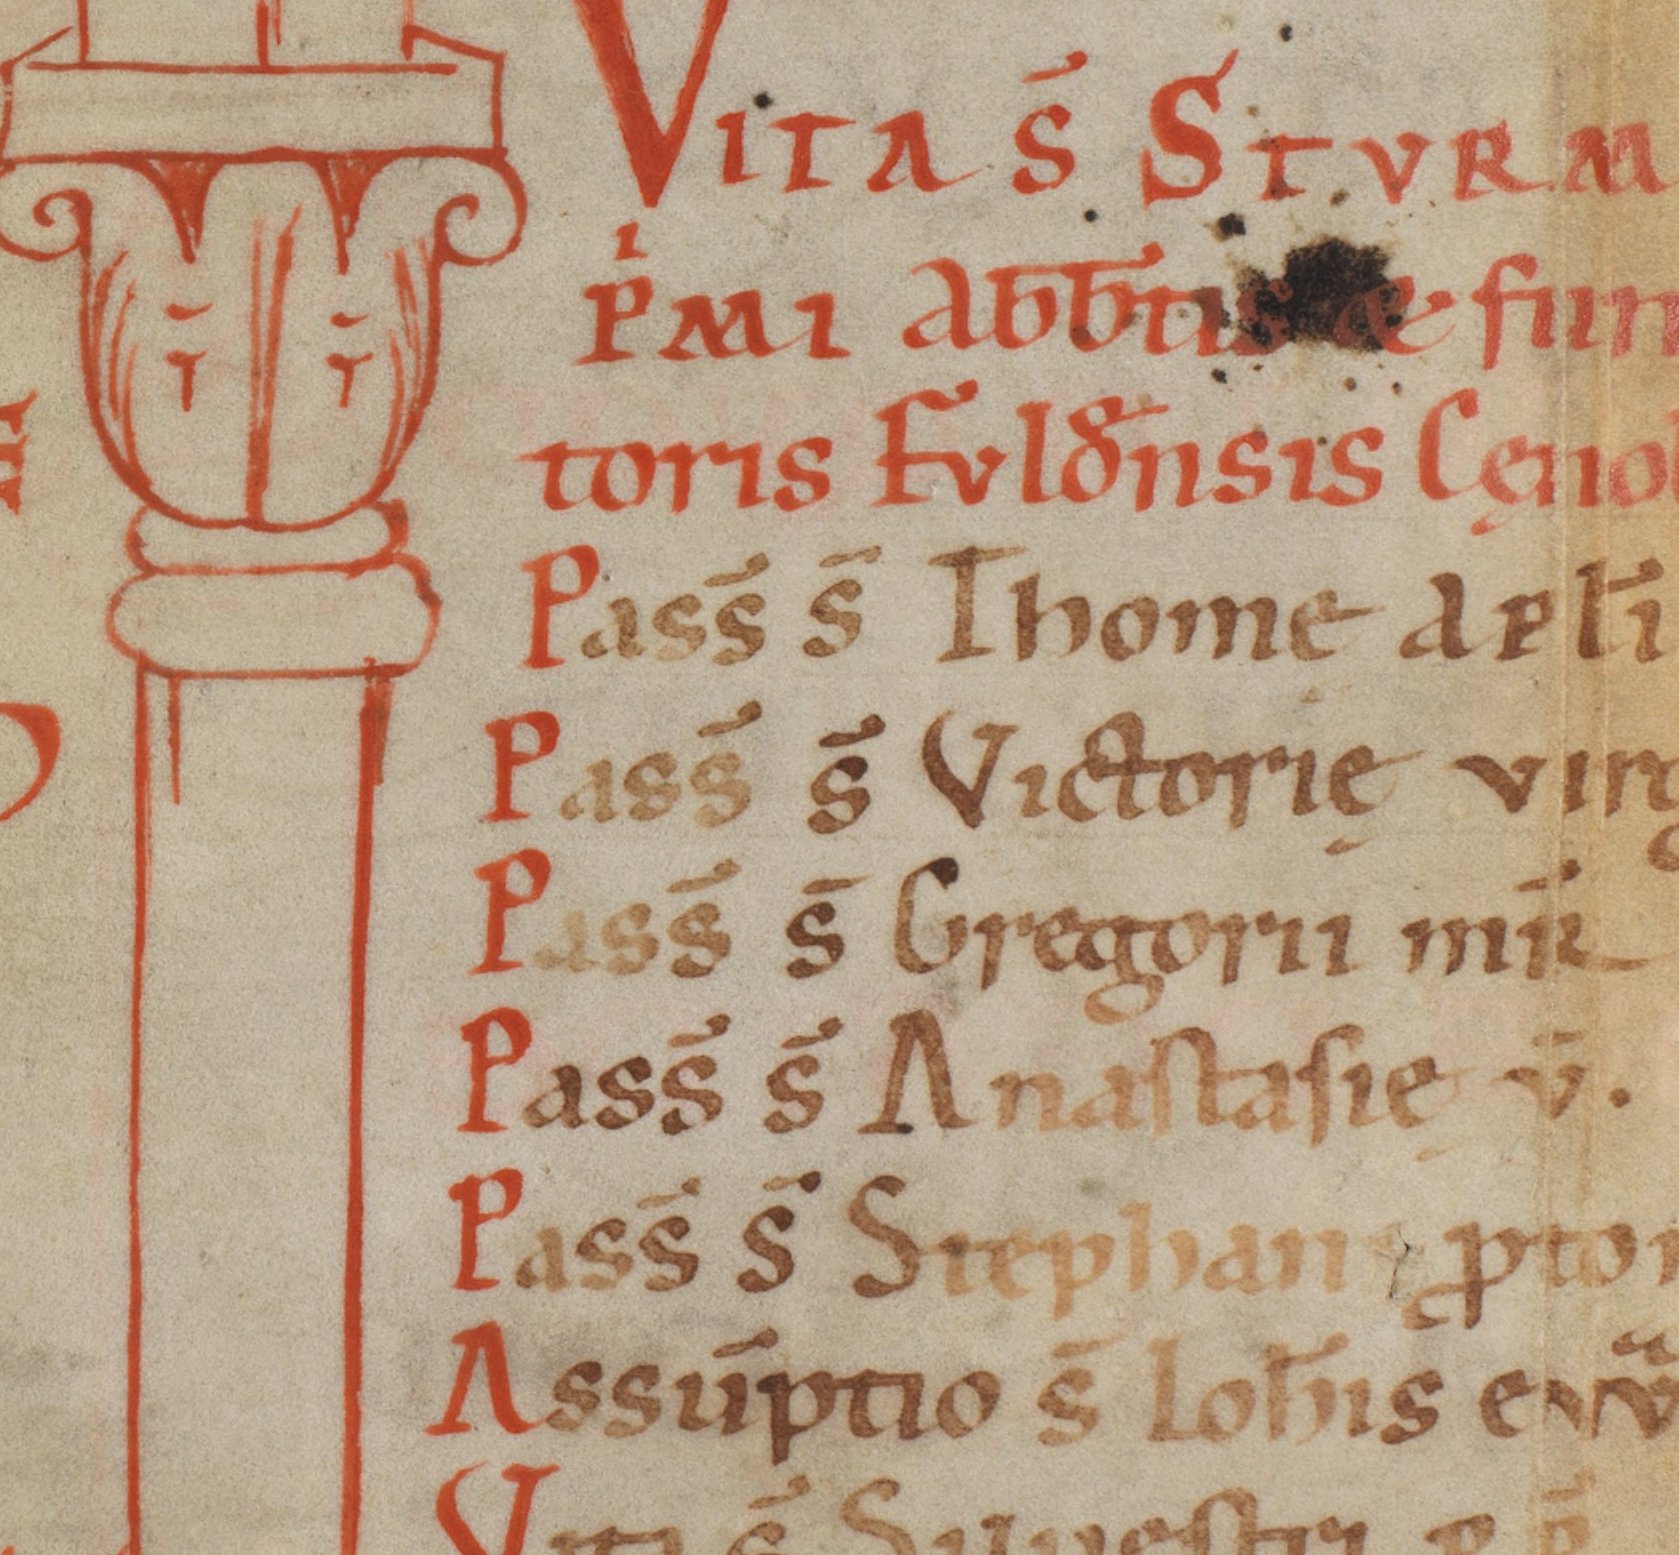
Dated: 1140–1170